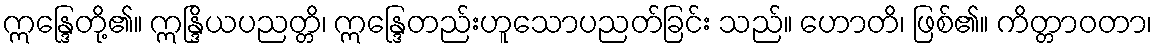
ဣန္ဒြေတို့၏။ ဣန္ဒြိယပညတ္တိ၊ ဣန္ဒြေတည်းဟူသောပညတ်ခြင်း သည်။ ဟောတိ၊ ဖြစ်၏။ ကိတ္တာဝတာ၊